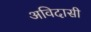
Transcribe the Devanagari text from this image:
अविदासी